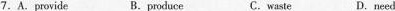
7.A.provide B.produce C. waste D. need